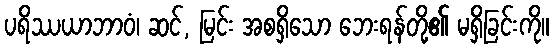
ပရိဿယာဘာဝံ၊ ဆင်, မြင်း အစရှိသော ဘေးရန်တို့၏ မရှိခြင်းကို။